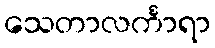
သေတာလင်္ကာရာ